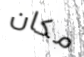
مكان